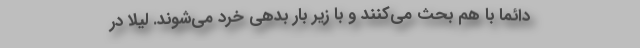
دائماً با هم بحث می‌کنند و با زیر بار بدهی‌ خُرد می‌شوند. لیلا در